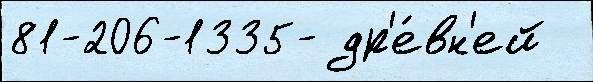
81-206-1335- др'е́вн'ей